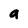
Character: a